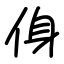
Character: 㑗